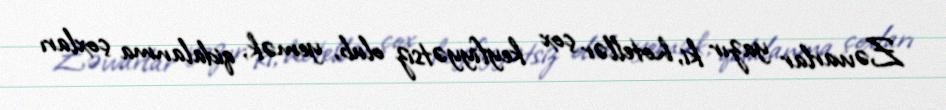
Zəvvarlar yazır ki, hotellər çox keyfiyyətsiz olub, yemək, qidalanma çoxları